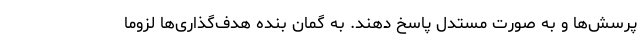
پرسش‌ها و به صورت مستدل پاسخ دهند. به گمان بنده هدف‌گذاری‌ها لزوماً